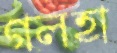
গলহা